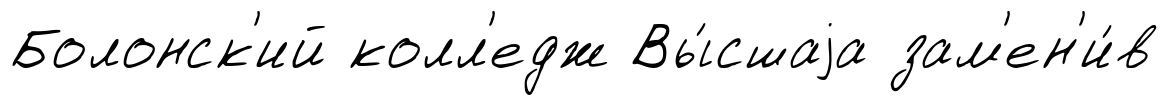
Болонск'ий колл'едж Вы́сшаjа зам'ен'и́в